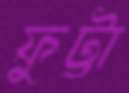
ফুট্টা